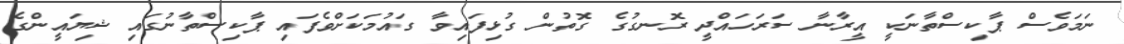
ނަމަވެސް ޕާކިސްތާނަކީ އީރާނާ ސަރަހައްދީ ރޮނގުގެ ގޮތުން ގުޅިފައިވާ ގައުމަކަށްވެފައި ޕާކިސްތާނުގައި ޝިޔައީންގެ